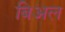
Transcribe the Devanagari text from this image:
बिअल